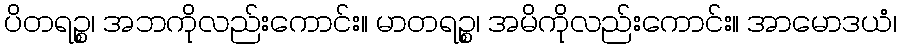
ပိတရဉ္စ၊ အဘကိုလည်းကောင်း။ မာတရဉ္စ၊ အမိကိုလည်းကောင်း။ အာမောဒယံ၊